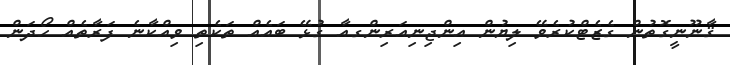
ޤާނޫނީގޮތުން ގެޒެޓްކުރެވޭ ލިޔުން އިންޖިނިއަރިންގއާ ގުޅޭ ބައެއް ތަކެތި ވިއްކާނެ ފަރާތެއް ހޯދަން